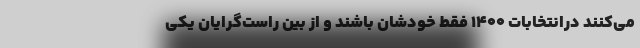
می‌کنند درانتخابات 1400 فقط خودشان باشند و از بین راست‌گرایان یکی